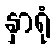
နှာရုံ